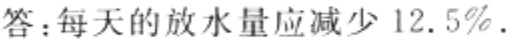
答：每天的放水量应减少 \(12.5\%\) .